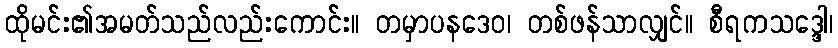
ထိုမင်း၏အမတ်သည်လည်းကောင်း။ တမှာပနဒေဝ၊ တစ်ဖန်သာလျှင်။ စီရကသဒ္ဒေါ၊